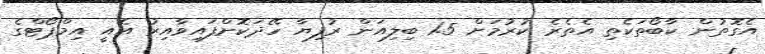
އެގޮތުން ކާބޯތަކެތި އެތެރެ ކުރުމަށް 1.5 ބިލިއަން ރުފިޔާ ހޭދަކޮށްފައިވާއިރު އެއީ އިމްޕޯޓްގެ